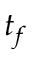
t _ { f }